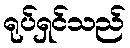
ရုပ်ရှင်သည်